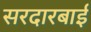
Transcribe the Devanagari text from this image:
सरदारबाई